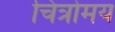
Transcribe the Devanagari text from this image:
चित्रोमय